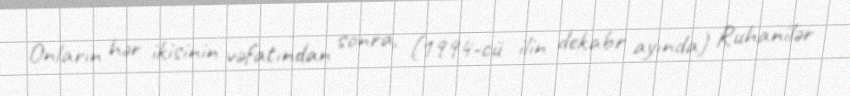
Onların hər ikisinin vəfatından sonra, (1994-cü ilin dekabr ayında) Ruhanilər